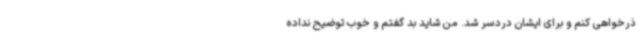
ذرخواهی کنم و برای ایشان دردسر شد. من شاید بد گفتم و خوب توضیح نداده